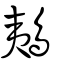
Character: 鴺